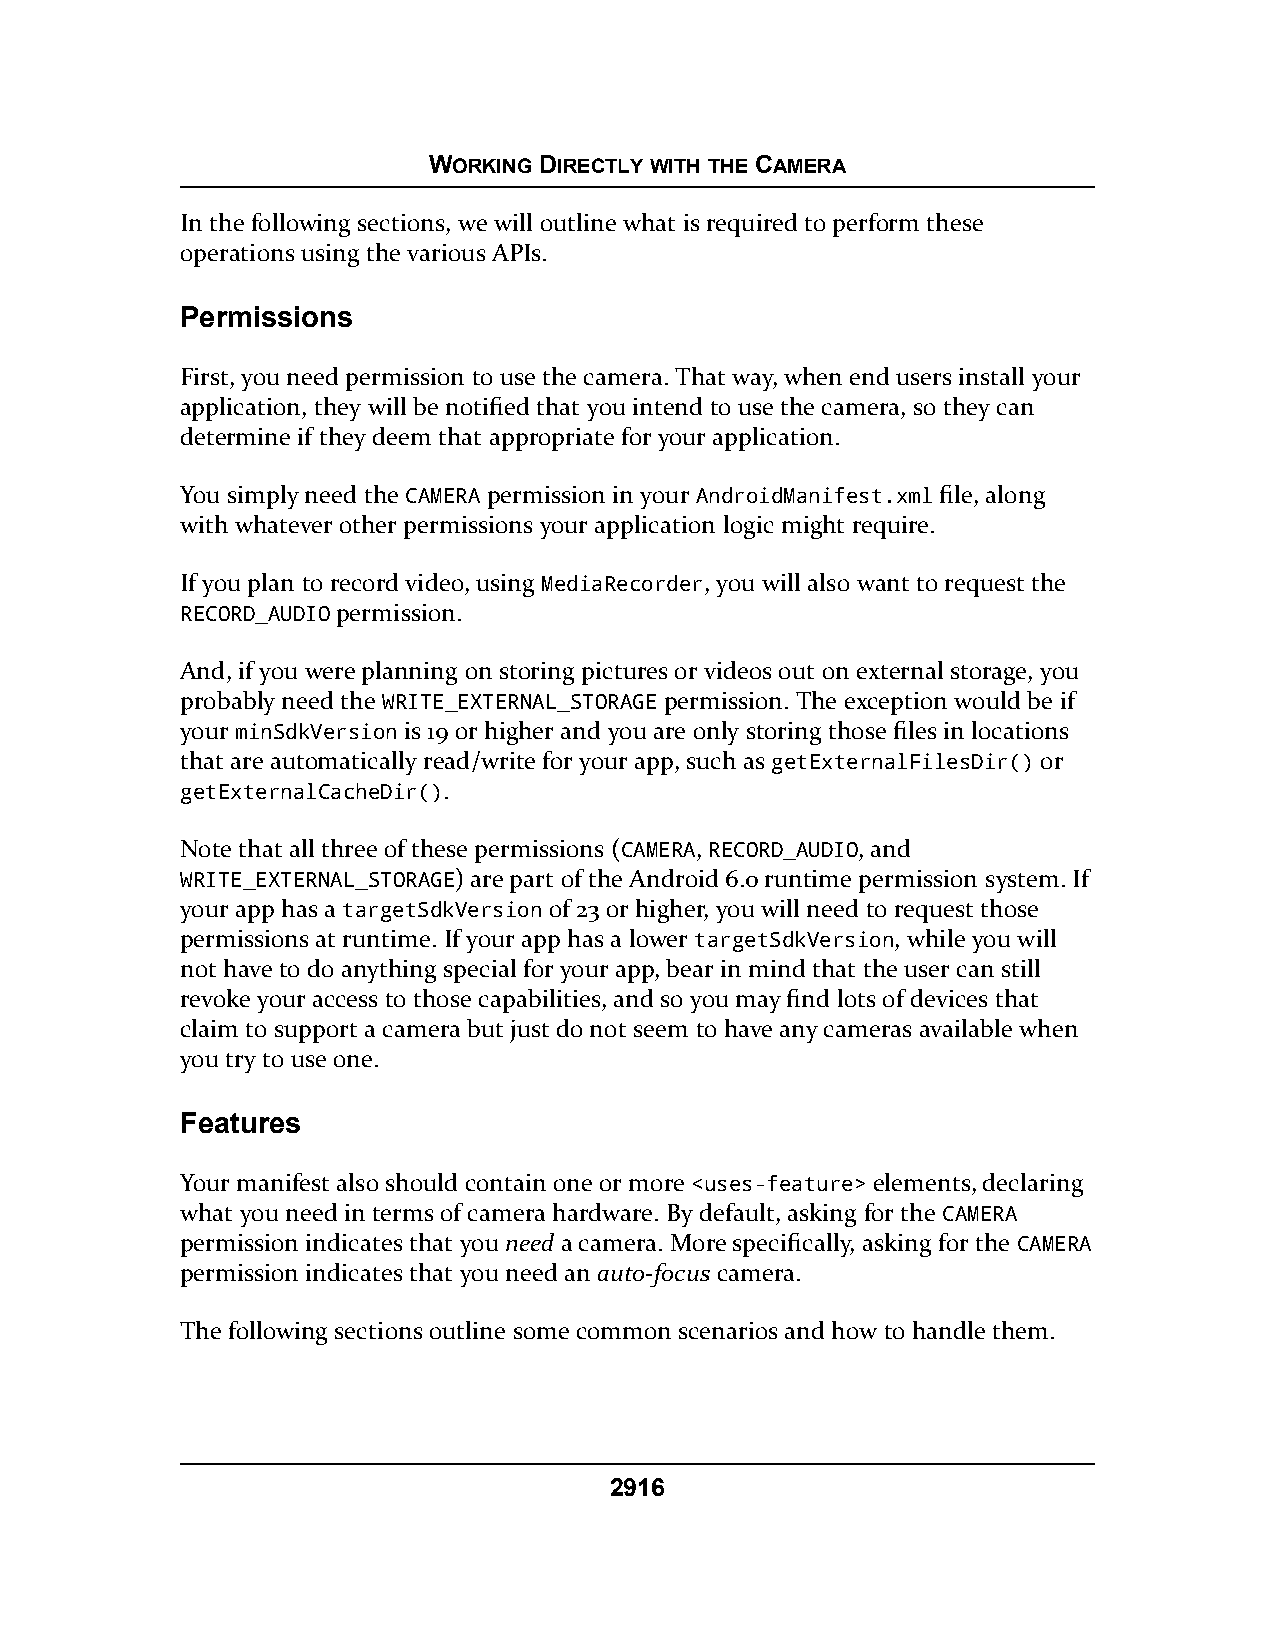
WORKING DIRECTLY WITH THE CAMERA
 In the following sections, we will outline what is required to perform these
 operations using the various APIs.
 Permissions
 First, you need permission to use the camera. That way, when end users install your
 application, they will be notified that you intend to use the camera, so they can
 determine if they deem that appropriate for your application.
 You simply need the CAMERA permission in your AndroidManifest.xml file, along
 with whatever other permissions your application logic might require.
 If you plan to record video, using MediaRecorder, you will also want to request the
 RECORD_AUDIO permission.
 And, if you were planning on storing pictures or videos out on external storage, you
 probably need the WRITE_EXTERNAL_STORAGE permission. The exception would be if
 your minSdkVersion is 19 or higher and you are only storing those files in locations
 that are automatically read/write for your app, such as getExternalFilesDir() or
 getExternalCacheDir().
 Note that all three of these permissions (CAMERA, RECORD_AUDIO, and
 WRITE_EXTERNAL_STORAGE) are part of the Android 6.0 runtime permission system. If
 your app has a targetSdkVersion of 23 or higher, you will need to request those
 permissions at runtime. If your app has a lower targetSdkVersion, while you will
 not have to do anything special for your app, bear in mind that the user can still
 revoke your access to those capabilities, and so you may find lots of devices that
 claim to support a camera but just do not seem to have any cameras available when
 you try to use one.
 Features
 Your manifest also should contain one or more <uses-feature> elements, declaring
 what you need in terms of camera hardware. By default, asking for the CAMERA
 permission indicates that you need a camera. More specifically, asking for the CAMERA
 permission indicates that you need an auto-focus camera.
 The following sections outline some common scenarios and how to handle them.
 2916